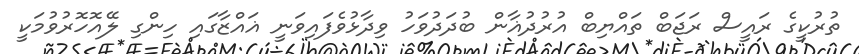
ތުރުކީގެ ރައީސް ރަޖަބް ތައްޔިބް އުރުދުޣާން ބުދަދުވަހު ވިދާޅުވެފައިވަނީ ޣައްޒާގައި ހިންގި ލޭއޮހޮރުވުމަކީ